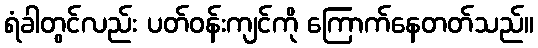
ရံခါတွင်လည်း ပတ်ဝန်းကျင်ကို ကြောက်နေတတ်သည်။